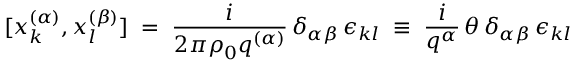
[ x _ { k } ^ { ( \alpha ) } , x _ { l } ^ { ( \beta ) } ] \; = \; \frac { i } { 2 \pi \rho _ { 0 } q ^ { ( \alpha ) } } \, \delta _ { \alpha \beta } \, \epsilon _ { k l } \; \equiv \; \frac { i } { q ^ { \alpha } } \, \theta \, \delta _ { \alpha \beta } \, \epsilon _ { k l }